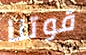
قوتنا